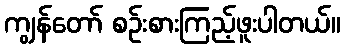
ကျွန်တော် စဉ်းစားကြည့်ဖူးပါတယ်။